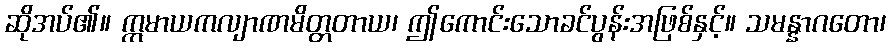
ဆိုအပ်၏။ ဣမာယကလျာဏမိတ္တတာယ၊ ဤကောင်းသောခင်ပွန်းအဖြစ်နှင့်။ သမန္နာဂတော၊